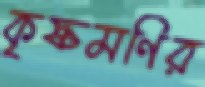
কৃষ্ণমণির